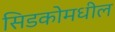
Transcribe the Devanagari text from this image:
सिडकोमधील